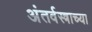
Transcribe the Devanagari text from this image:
अंतर्वस्त्राच्या